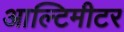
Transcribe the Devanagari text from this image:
आल्टिमीटर